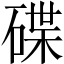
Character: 碟